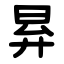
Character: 昪